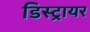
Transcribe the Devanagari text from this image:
डिस्ट्रायर